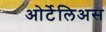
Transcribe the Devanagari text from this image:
ओर्टेलिअस